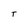
Character: T